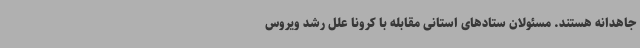
جاهدانه هستند. مسئولان ستادهای استانی مقابله با کرونا علل رشد ویروس